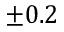
\pm 0 . 2